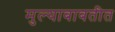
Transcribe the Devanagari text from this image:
मुल्याबाबतीत